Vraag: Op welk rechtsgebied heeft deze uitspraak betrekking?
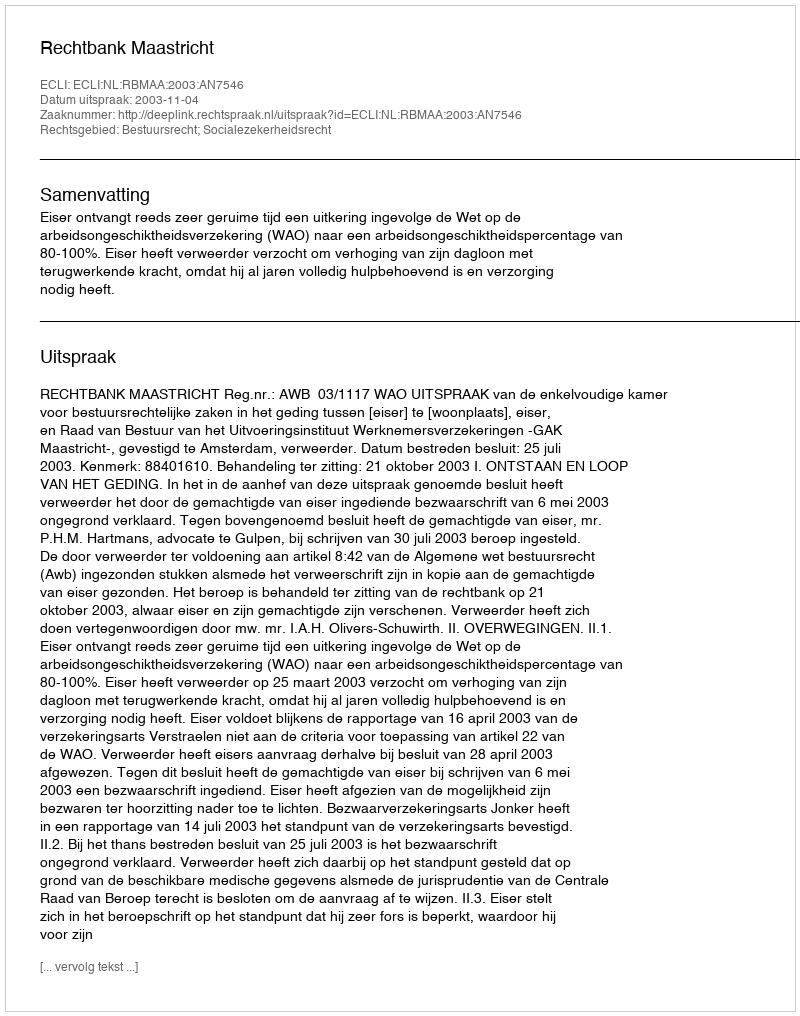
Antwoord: Bestuursrecht; Socialezekerheidsrecht